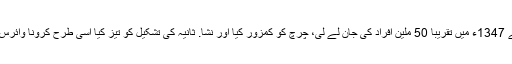
احمدی نے کہا کہ مزید اہم بات یہ ہے کہ جس طرح طاعون یا "کالی موت" نے 1347ء میں تقریبا 50 ملین افراد کی جان لے لی، چرچ کو کمزور کیا اور نشا. ثانیہ کی تشکیل کو تیز کیا اسی طرح کرونا وائرس بھی انسانی معاشروں میں نئے طرز عمل اور اعتقادات کا باعث بن سکتی ہے۔